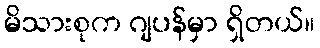
မိသားစုက ဂျပန်မှာ ရှိတယ်။